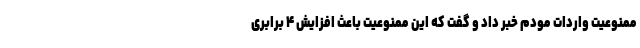
ممنوعیت واردات مودم خبر داد و گفت که این ممنوعیت باعث افزایش ۴ برابری